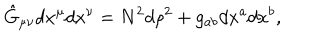
\hat { G } _ { \mu \nu } d x ^ { \mu } d x ^ { \nu } = N ^ { 2 } d \rho ^ { 2 } + g _ { a b } d x ^ { a } d x ^ { b } ,